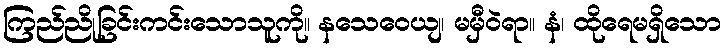
ကြည်ညိုခြင်းကင်းသောသူကို။ နသေဝေယျ၊ မမှီဝဲရာ။ နံ၊ ထိုရေမရှိသော